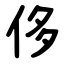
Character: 侈